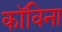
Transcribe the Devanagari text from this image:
कॉविना